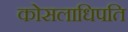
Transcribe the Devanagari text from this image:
कोसलाधिपति